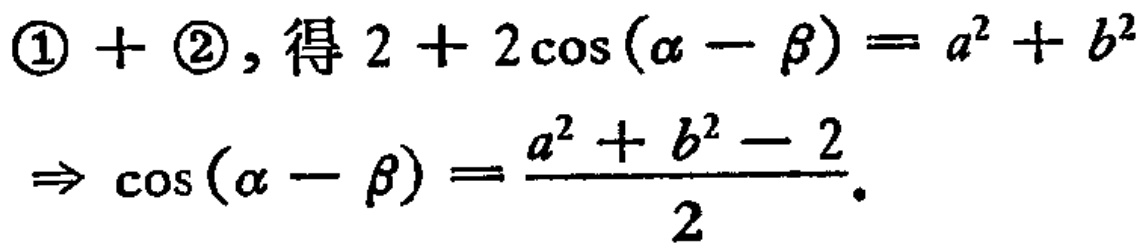
\(\textcircled{1} + \textcircled{2}，得 2 + 2\cos(\alpha - \beta) = a^{2} + b^{2}\)

\(\Rightarrow \cos(\alpha - \beta) = \frac{a^{2} + b^{2} - 2}{2}\)